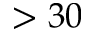
> 3 0